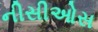
નીસીઓસ